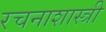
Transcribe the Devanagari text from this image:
रचनाशास्त्री